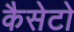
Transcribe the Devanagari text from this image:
कैसेटो